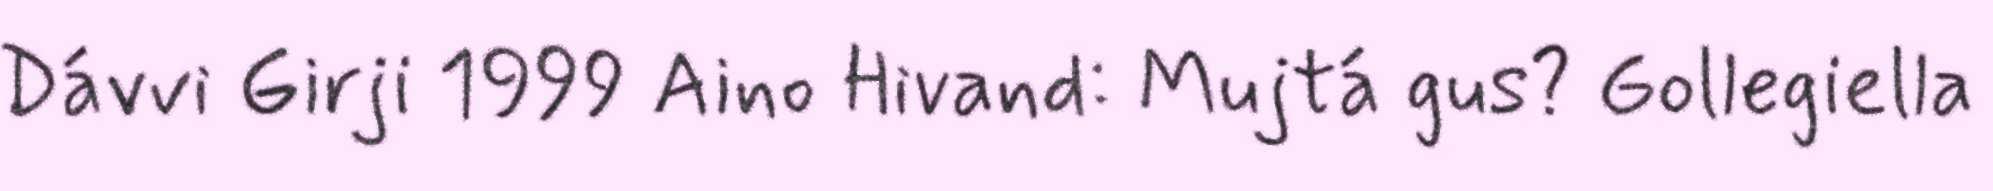
Dávvi Girji 1999 Aino Hivand: Mujtá gus? Gollegiella